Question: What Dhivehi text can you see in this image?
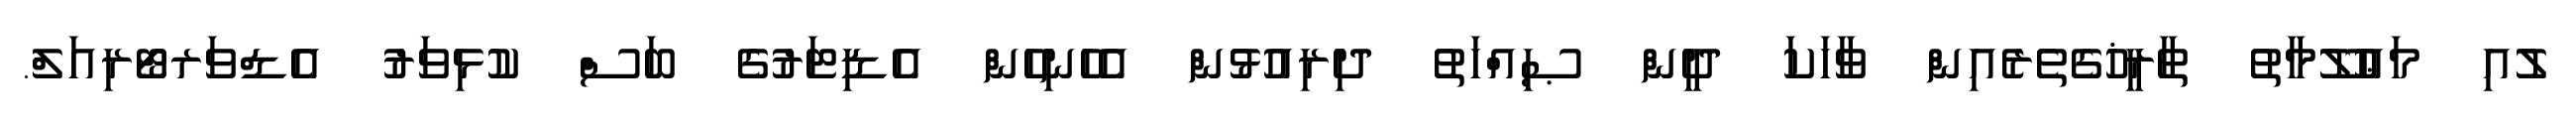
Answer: ލުއި މަޢުލޫމާތު ތާރީޚުގެތެރެއިން ވާހަކަ ދީން ޞިއްހަތު ދިރިއުޅުން އެހެނިހެން އެޑިޓަރުގެ ބަސް ކުޅިވަރު އެޑްވަރޓޯރިއަލް.